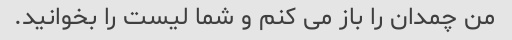
من چمدان را باز می کنم و شما لیست را بخوانید.